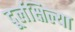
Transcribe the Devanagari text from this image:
दूर्लक्षिल्या